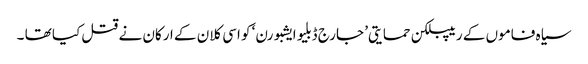
سیاہ فاموں کے ریپبلکن حمایتی’ جارج ڈبلیو ایشبورن‘ کو اسی کلان کے ارکان نے قتل کیا تھا ۔